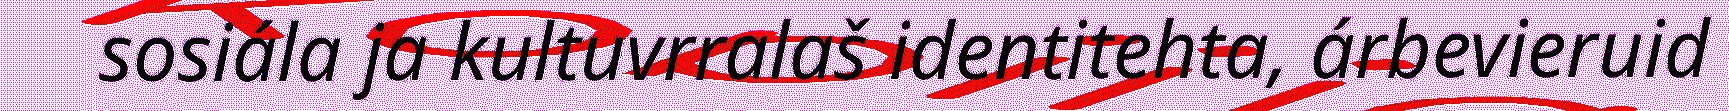
sosiála ja kultuvrralaš identitehta, árbevieruid